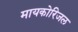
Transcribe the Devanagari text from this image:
मायकोरिजल